Leaving Certificate Examination, 1918
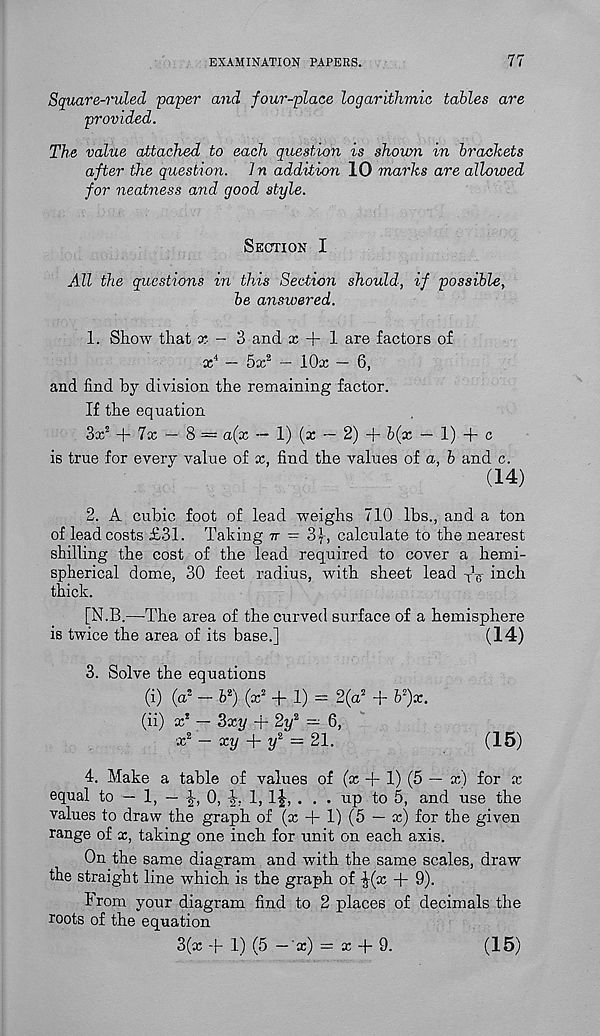
EXAMINATION PAPERS.
77
Square-ruled paper and four-place logarithmic tables are
provided.
The value attached to each question is shown in brackets
after the question. In addition 10 marks are allowed
for neatness and good style.
Section I
All the questions in this Section should, if possible,
be answered.
1. Show that x - 3 and x + 1 are factors of
x 4 — 5x 2 — lOx — 6,
and find by division the remaining factor.
If the equation
3x 2 + 7x — 8 — a(x — 1) (x — 2) + b(x — 1) + c
is true for every value of x, find the values of a, b and c.
(14)
2. A cubic foot of lead weighs 710 lbs., and a ton
of lead costs £31. Taking tt - 3j, calculate to the nearest
shilling the cost of the lead required to cover a hemi-
spherical dome, 30 feet radius, with sheet lead
inch
thick.
[N.B.—The area of the curved surface of a hemisphere
is twice the area of its base.]
(14)
3. Solve the equations
(i) (a 2 - b 2 ) (x 2 + 1) = 2(a 2 + 6 2 )x.
(ii) x 2 — 3xy + 2y 2 — 6,
x 2 -xy + y 2 = 21.
(15)
4. Make a table of values of (x -f 1) (5 — x) for x
equal to — 1, —
0,
1, l£, . . . up to 5, and use the
values to draw the graph of (x + 1) (5 — x) for the given
range of x, taking one inch for unit on each axis.
On the same diagram and with the same scales, draw
the straight line which is the graph of ^(x + 9).
From your diagram find to 2 places of decimals the
roots of the equation
3(x + 1) (5 ~'x) = x + 9.
(15)